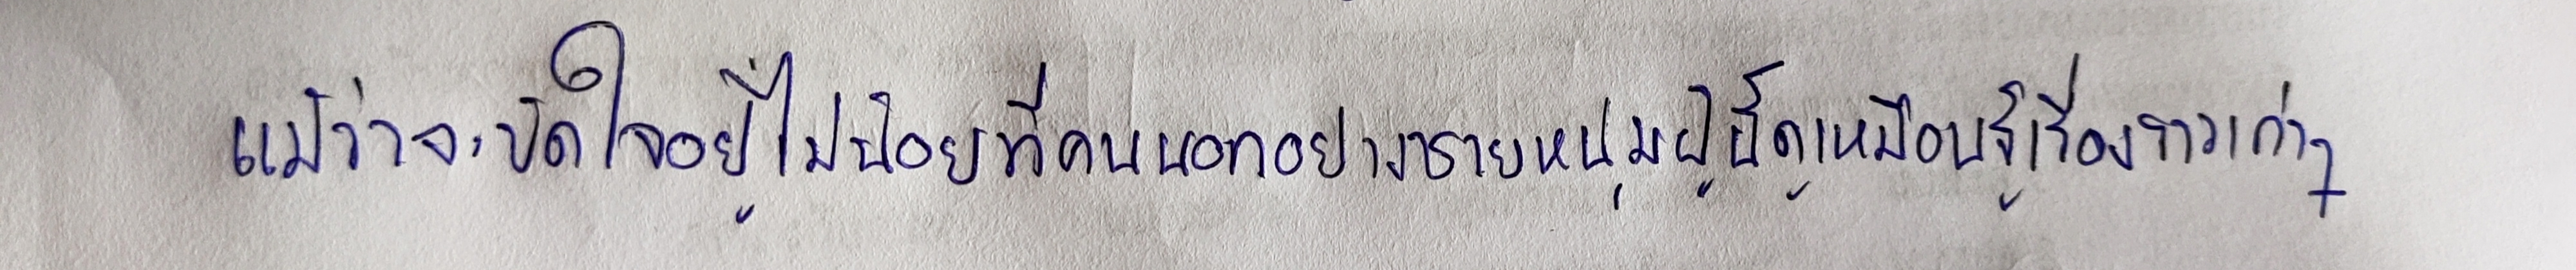
แม้ว่าจะขัดใจอยู่ไม่น้อยที่คนนอกอย่างชายหนุ่มผู้นี้ดูเหมือนรู้เรื่องราวเก่าๆ